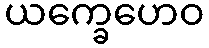
ယက္ခေဟေဝ